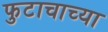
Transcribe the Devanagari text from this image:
फुटाचाच्या